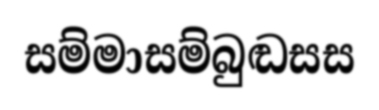
සම්මාසම්බුඬසස